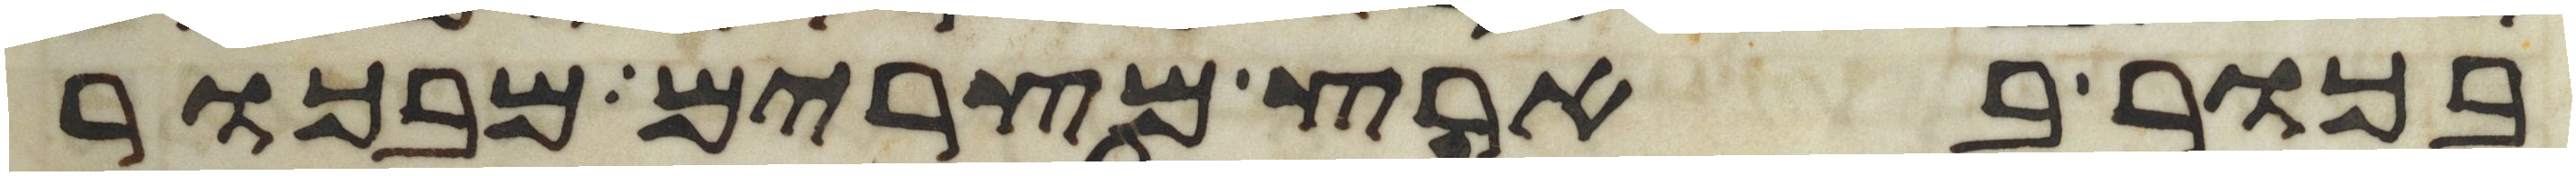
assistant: בכור בארץ מצרים מבכור